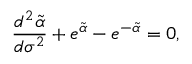
\frac { d ^ { 2 } \tilde { \alpha } } { d \sigma ^ { 2 } } + e ^ { \tilde { \alpha } } - e ^ { - \tilde { \alpha } } = 0 ,